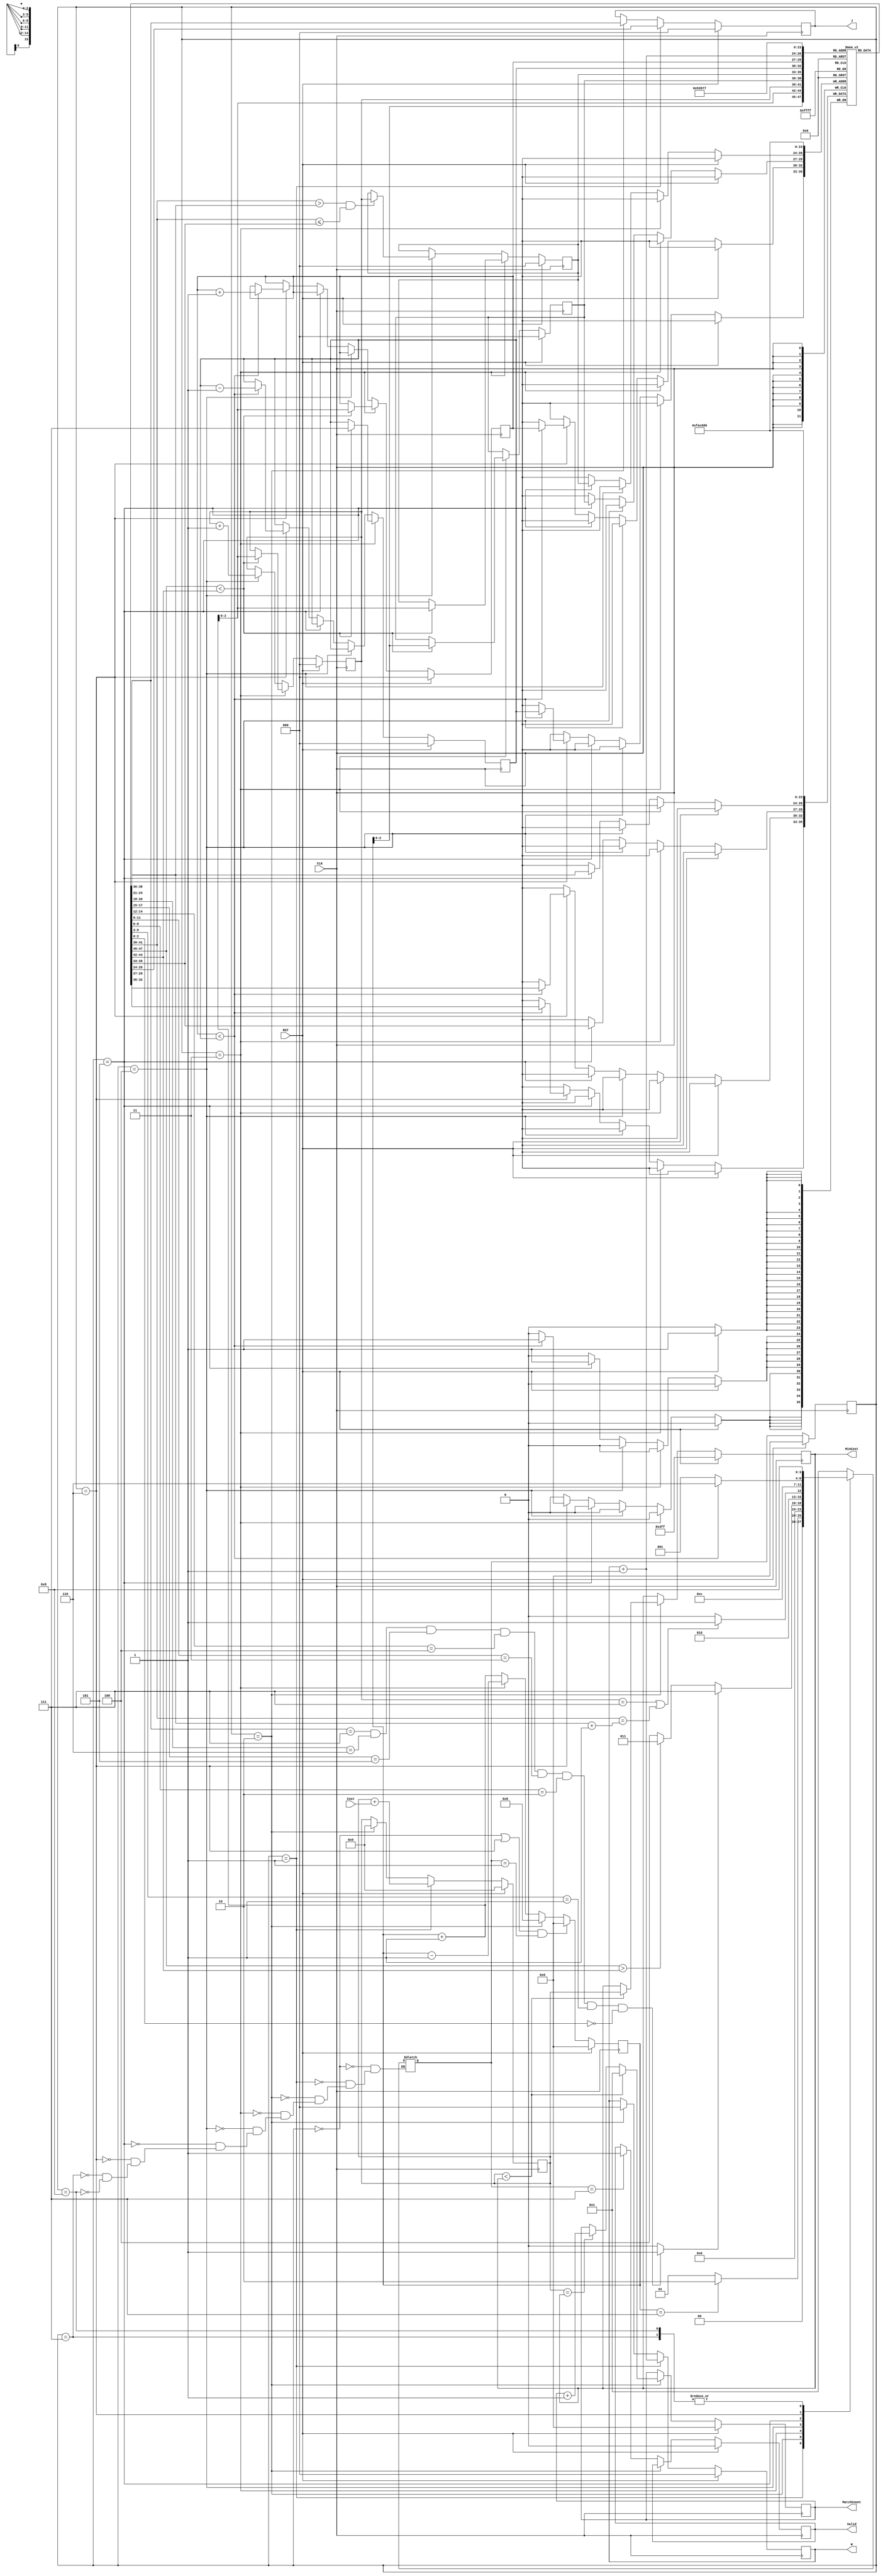
module JAM (CLK, RST, W,J, Cost,MatchCount,MinCost, Valid );
input CLK;
input RST;
output reg [2:0] W;
output reg [2:0] J;
input [6:0] Cost;
output reg [3:0] MatchCount;
output reg [9:0] MinCost;
output reg Valid ;
reg [3:0] current_state;
reg [3:0] next_state;
parameter INIT = 0;
parameter GET_DATA = 1;
parameter CHECK_MIN = 2;
parameter FIND_PIVOT = 3;
parameter FIND_BIGGER_THAN_MIN = 4;
parameter EXCHANGE = 5;
parameter FLIP_NUMBER = 6;
parameter OUTPUT = 7;
parameter FINISH = 8;

reg [2:0] pivot;
reg [2:0] head;
reg [2:0] tail;
reg [2:0] exchange_point;
reg [2:0] tmp_exchange_point;
reg [9:0] tmp_min;
reg [2:0] buffer [0:7];
reg [3:0] counter;
wire sort_over;
assign sort_over = (buffer[0] == 7 && buffer[1] == 6 && buffer[2] == 5 && buffer[3] == 4 && buffer[4] == 3 && buffer[5] == 2&& buffer[6] == 1&& buffer[7] == 0) ? 1 : 0;


// reg min_change;
always @(posedge CLK) begin
if(RST)
    current_state <= INIT;
else
    current_state <= next_state;
end

always @(*) begin
    case(current_state)
    INIT:
        next_state = GET_DATA;
    GET_DATA:
        next_state = (counter == 4'd7) ? CHECK_MIN : GET_DATA;
    CHECK_MIN:
        next_state = FIND_PIVOT;
    FIND_PIVOT:
        if(sort_over)
            next_state = OUTPUT;
        else if(buffer[counter] > buffer[counter+1])
            next_state = FIND_PIVOT;
        else
            next_state = FIND_BIGGER_THAN_MIN;
    FIND_BIGGER_THAN_MIN:
        next_state = (tmp_exchange_point == 3'd7 || buffer[tmp_exchange_point] == buffer[pivot] + 1) ? EXCHANGE : FIND_BIGGER_THAN_MIN;
    EXCHANGE:
        next_state = FLIP_NUMBER;
    FLIP_NUMBER:
        next_state = (head < tail) ? FLIP_NUMBER : GET_DATA ;
    OUTPUT:
        next_state = FINISH;
    FINISH:
        next_state = FINISH;
    endcase

end
// counter
always @(posedge CLK) begin
if(RST)
    counter <= 0;
else if((current_state == INIT || current_state == FLIP_NUMBER) && next_state == GET_DATA)
    counter <= 0;
else if(current_state == CHECK_MIN)
    counter <= 4'd6;
else if(current_state == FIND_PIVOT)
    counter <= counter - 1;
else 
    counter <= counter + 1;
end

// pivot and head and tail
always @(posedge CLK) begin
if(RST)
begin
    buffer[0] <= 0;
    buffer[1] <= 1;
    buffer[2] <= 2;
    buffer[3] <= 3;
    buffer[4] <= 4;
    buffer[5] <= 5;
    buffer[6] <= 6;
    buffer[7] <= 7;
    pivot <= 0;
    head <= 0;
    tail <= 0;
    tmp_exchange_point <=0;
    exchange_point <=0;
end
else if(current_state == FIND_PIVOT)
begin
    if(buffer[counter] < buffer[counter +1] )
    begin
        pivot <= counter;
        head <= counter + 1;
        tail <= 3'd7;
        tmp_exchange_point <= counter + 1;
        exchange_point <= counter + 1;
    end
end
else if(current_state == FIND_BIGGER_THAN_MIN)
begin
    if(buffer[tmp_exchange_point] > buffer[pivot] && buffer[tmp_exchange_point] <= buffer[exchange_point])
    begin
        exchange_point <= tmp_exchange_point;
        tmp_exchange_point <= tmp_exchange_point + 1;
    end
    else
        tmp_exchange_point <= tmp_exchange_point + 1;
end
else if(current_state == EXCHANGE) 
begin
    buffer[exchange_point] <= buffer[pivot];
    buffer[pivot] <= buffer[exchange_point];
end
else if(current_state == FLIP_NUMBER)
begin
    if(head < tail)
    begin
        buffer[head] <= buffer[tail];
        buffer[tail] <= buffer[head];
        head <= head + 1;
        tail <= tail - 1;
    end
end
end


// MinCost and MatchCount and valid
always @(posedge CLK) begin
if(RST)
begin
    MinCost <= 10'd1023;
    MatchCount <= 0;
    Valid <= 0;
end
else if(current_state == CHECK_MIN)
begin
    if(tmp_min < MinCost)
    begin
        MinCost <= tmp_min;
        MatchCount <= 1;
    end
    else if(tmp_min == MinCost)
        MatchCount <= MatchCount + 1;
end
else if(next_state == OUTPUT)
    Valid <= 1;
end

// tmp_min
always @(posedge CLK) begin
if(RST)
    tmp_min <= 0;
else if(current_state == GET_DATA)
    tmp_min <= tmp_min + Cost;
else if(current_state == CHECK_MIN)
    tmp_min <= 0;
end

// W and J
always @(posedge CLK) begin
if(RST)
begin
    W <= 0;
    J <= 0;
end
else if(current_state == GET_DATA)
begin
    W <= W + 1;
    J <= buffer[W + 1];
end
else if(current_state == CHECK_MIN)
begin
    W <= 0;
    J <= buffer[0];
end
end
endmodule